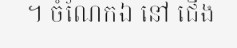
។ ចំណែកឯ នៅ ជើង